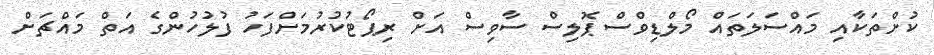
ކުށްތަކާއި މައްސަލަތައް މޯލްޑިވްސް ޕޮލިސް ސާވިސް އަށް ރިޕޯޓުކުރުމަށްފަހު ފުލުހުންގެ އަތް މައްޗަށް